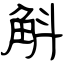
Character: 斛